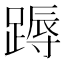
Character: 𨃽